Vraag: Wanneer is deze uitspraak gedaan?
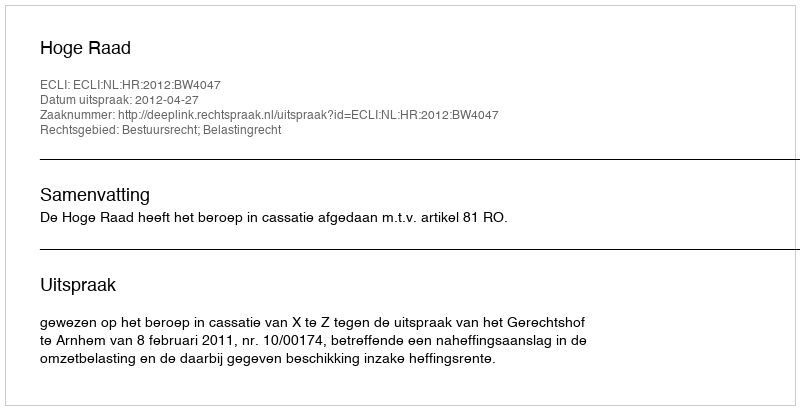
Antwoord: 2012-04-27